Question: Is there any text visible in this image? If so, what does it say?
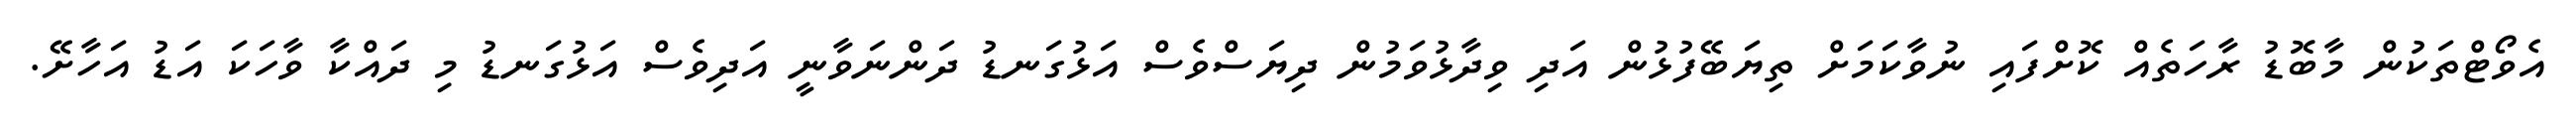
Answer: އެވޯޓްތަކުން މާބޮޑު ރާހަތެއް ކޮށްފައި ނުވާކަމަށް ތިޔަބޭފުޅުން އަދި ވިދާޅުވަމުން ދިޔަސްވެސް އަޅުގަނޑު ދަންނަވާނީ އަދިވެސް އަޅުގަނޑު މި ދައްކާ ވާހަކަ އަޑު އަހާށޭ.